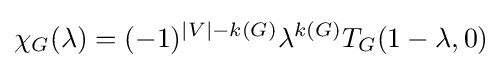
\chi _{G}(\lambda )=(-1)^{|V|-k(G)}\lambda ^{k(G)}T_{G}(1-\lambda ,0)